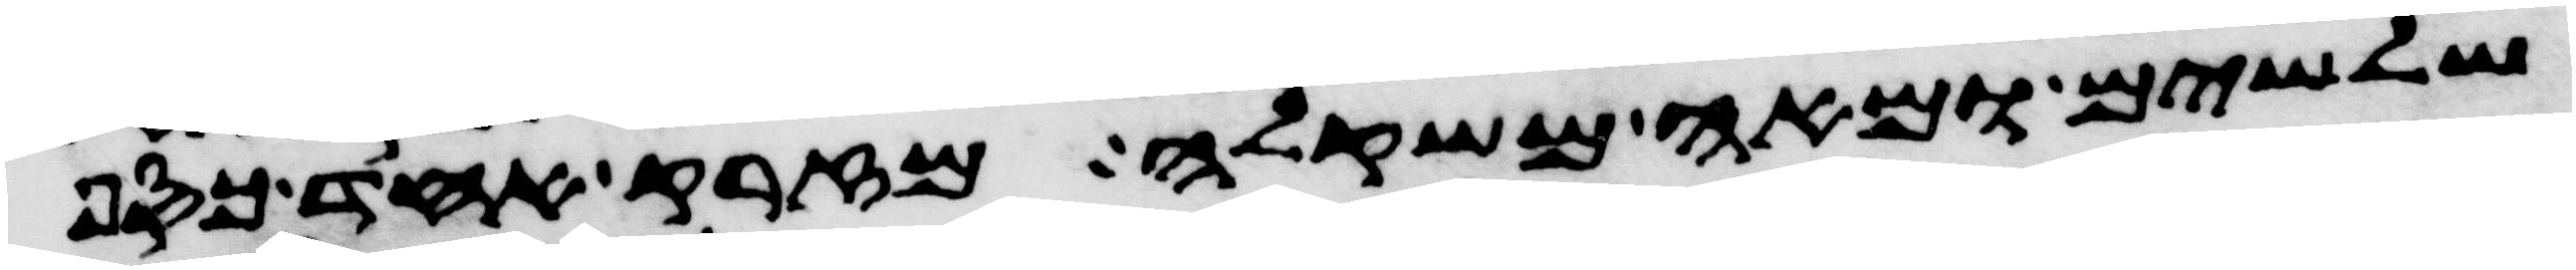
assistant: שלשים ומאה משקלה מזרק אחד כסף